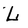
Character: L